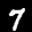
Label: 7